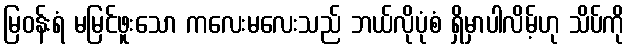
မြဝန်းရံ မမြင်ဖူးသော ကလေးမလေးသည် ဘယ်လိုပုံစံ ရှိမှာပါလိမ့်ဟု သိပ်ကို